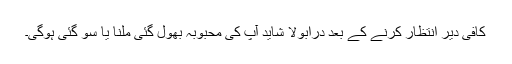
کافی دیر انتظار کرنے کے بعد دراؔبولا شاید آپ کی محبوبہ بھول گئی ملنا یا سو گئی ہوگی۔